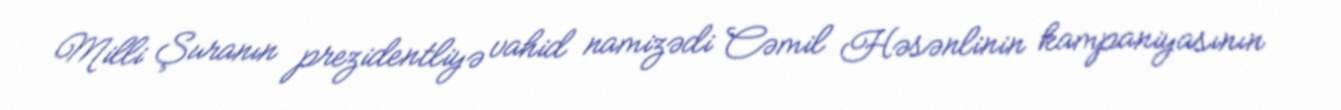
Milli Şuranın prezidentliyə vahid namizədi Cəmil Həsənlinin kampaniyasının